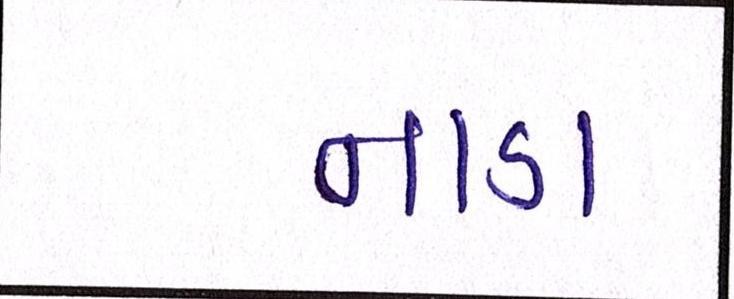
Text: નાડા